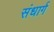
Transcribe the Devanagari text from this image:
संधार्ग